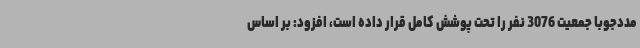
مددجوبا جمعیت 3076 نفر را تحت پوشش کامل قرار داده است، افزود: بر اساس